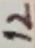
Text: 12